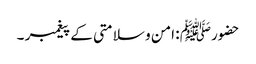
حضورﷺ : امن و سلامتی کے پیغمبر ۔